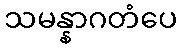
သမန္နာဂတံပေ